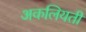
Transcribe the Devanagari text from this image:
अकलियती